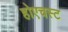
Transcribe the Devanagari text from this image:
होएचस्ट